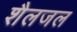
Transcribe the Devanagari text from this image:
शैलजल